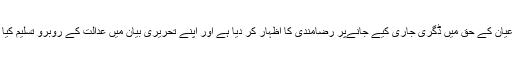
مدعا علیہا کے وکیل مسٹر پرویز احمد باوجوہ نے مدعیان کے حق میں ڈگری جاری کیے جانےپر رضامندی کا اظہار کر دیا ہے اور اپنے تحریری بیان میں عدالت کے روبرو تسلیم کیا ہے کہ وہ ایک غیر مسلم فرقہ سے تعلق رکھتے ہیں ۔